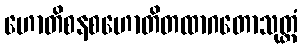
ဟောတိစနစဟောတိတထာဂတောသုတ္တံ